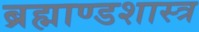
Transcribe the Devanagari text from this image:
ब्रह्माण्डशास्त्र